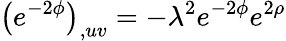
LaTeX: \left(e^{-2\phi}\right)_{,uv}=-\lambda^{2}e^{-2\phi}e^{2\rho}